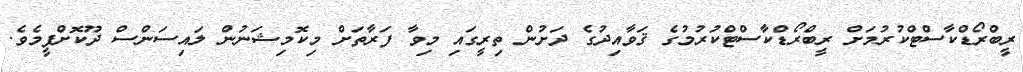
ރީބްރޯޑްކާސްޓްކުރުމަށް ރީބްރޯޑްކާސްޓްކުރުމުގެ ޤަވާއިދުގެ ދަށުން ތިރީގައި މިވާ ފަރާތަށް މިކޮމިޝަނުން ލައިސަންސް ދޫކޮށްފީމެވެ.